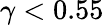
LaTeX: \gamma<0.55